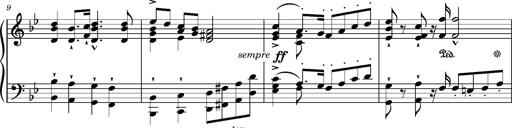
Title: Ungarischer Marsch
Composer: Friedrich Nietzsche